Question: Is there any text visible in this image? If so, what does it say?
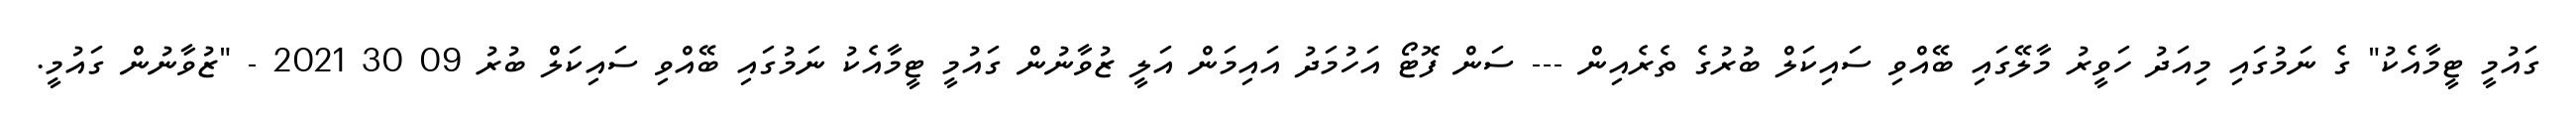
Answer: ގައުމީ ޓީމާއެކު" ގެ ނަމުގައި މިއަދު ހަވީރު މާލޭގައި ބޭއްވި ސައިކަލް ބުރުގެ ތެރެއިން --- ސަން ފޮޓޯ އަހުމަދު އައިމަން އަލީ ޒުވާނުން ގައުމީ ޓީމާއެކު ނަމުގައި ބޭއްވި ސައިކަލް ބުރު 09 30 2021 - "ޒުވާނުން ގައުމީ.